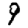
Digit: 9